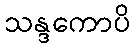
သန္ဒကောပိ